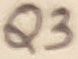
Text: Q3